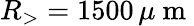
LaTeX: R_{>}=1500\, \mu\mathrm{~m~}